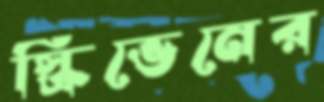
স্ক্রিভেনের